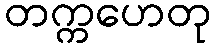
တက္ကဟေတု